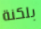
بلكنة